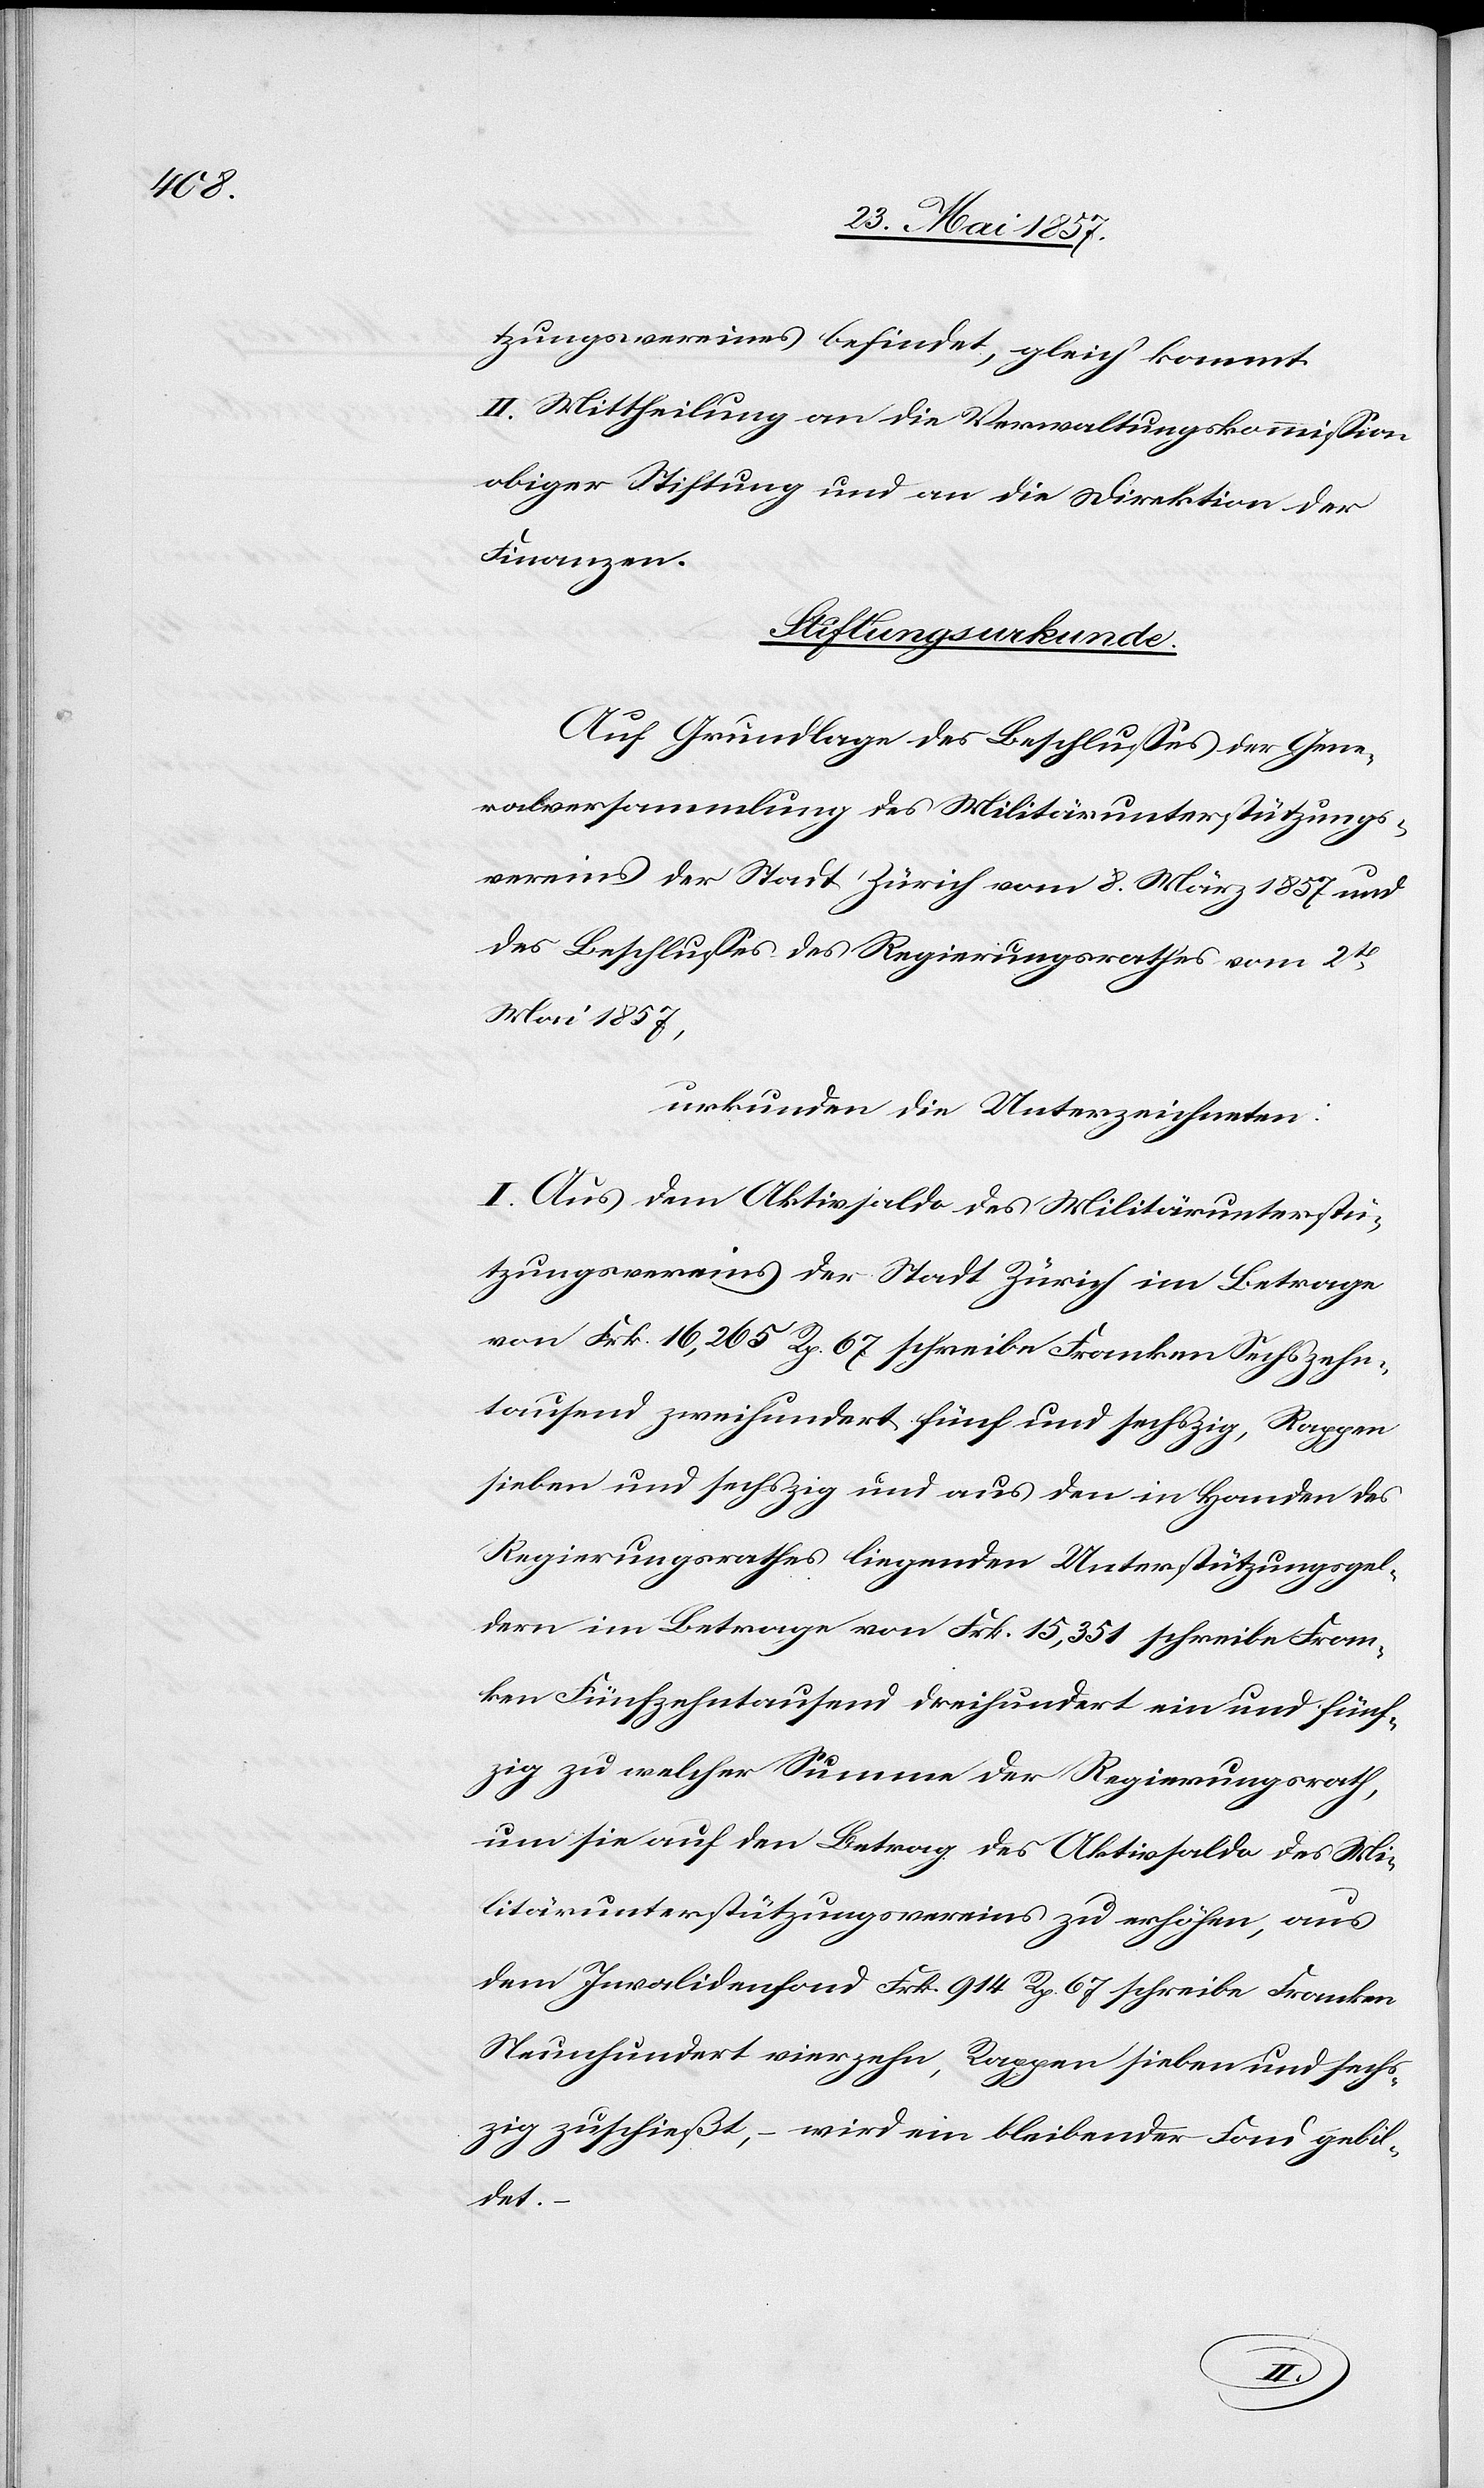
tzungsvereines befindet, gleich kommt.
III] Mittheilung an die Verwaltungskommission
obiger Stiftung und an die Direktion der
Finanzen.
Stiftungsurkunde.
Auf Grundlage des Beschlusses der Gene¬
ralversammlung des Militärunterstützungs¬
vereins der Stadt Zürich vom 8 März 1857 und
des Beschlusses des Regierungsrathes vom 2t
Mai 1857,
urkunden die Unterzeichneten:
I. Aus dem Aktivsaldo des Militärunterstü¬
tzungsvereines der Stadt Zürich im Betrage
von Frk. 16,265 Rp. 67 schreibe Franken Sechszehn¬
tausend zweihundert fünf und sechzig, Rappen
sieben und sechzig und aus den in Handen des
Regierungsrathes liegenden Unterstützungsgel¬
dern im Betrage von Frk. 15,351 schreibe Fran¬
ken Fünfzehntausend dreihundert ein und fünf¬
zig zu welcher Summe der Regierungsrath,
um sie auf den Betrag des Aktivsaldo des Mi¬
litärunterstützungsvereines zu erhöhen, aus
dem Invalidenfond Frk. 914 Rp. 67 schreibe Franken
Neunhundert vierzehn, Rappen sieben und sech¬
zig zuschießt, – wird ein bleibendes Fond gebi¬
ldet.
–